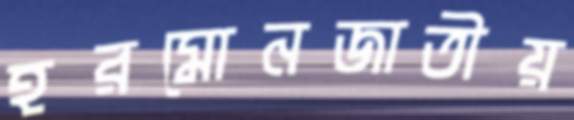
হরমোনজাতীয়